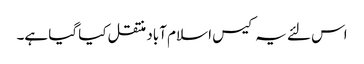
اس لئے یہ کیس ا سلام آباد منتقل کیا گیا ہے۔